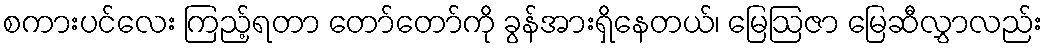
စကားပင်လေး ကြည့်ရတာ တော်တော်ကို ခွန်အားရှိနေတယ်၊ မြေဩဇာ မြေဆီလွှာလည်း